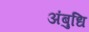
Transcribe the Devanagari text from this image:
अंबुधि